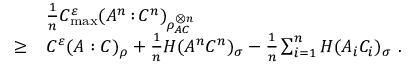
\begin{array} { r l } & { \frac { 1 } { n } C _ { \operatorname* { m a x } } ^ { \varepsilon } ( A ^ { n } { \, : \, } C ^ { n } ) _ { \rho _ { A C } ^ { \otimes n } } } \\ { \geq } & { C ^ { \varepsilon } ( A : C ) _ { \rho } + \frac { 1 } { n } H ( A ^ { n } C ^ { n } ) _ { \sigma } - \frac { 1 } { n } \sum _ { i = 1 } ^ { n } H ( A _ { i } C _ { i } ) _ { \sigma } \ . } \end{array}